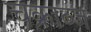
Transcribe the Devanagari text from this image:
चक्राब्ज